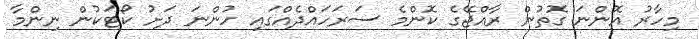
މިހާރު އޮންނަ ގޮތުން ރާއްޖޭގެ ކޮންމެ ސަރަހައްދެއްގައި ހުންނަ ދަށު ކޯޓަކުން ނިންމާ